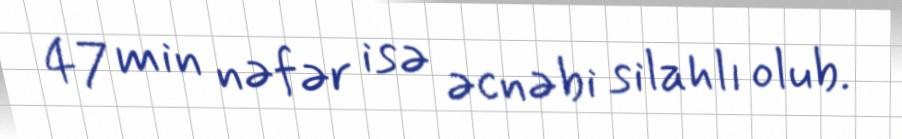
47 min nəfər isə əcnəbi silahlı olub.